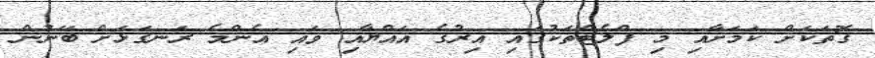
ގޮތަކަށް ކަމަށާއި މި ފްލެޓްތަކުގައި އިރުގެ އައްޔާއި ވައި އެންމެ ރަނގަޅަށް ބޭނުން